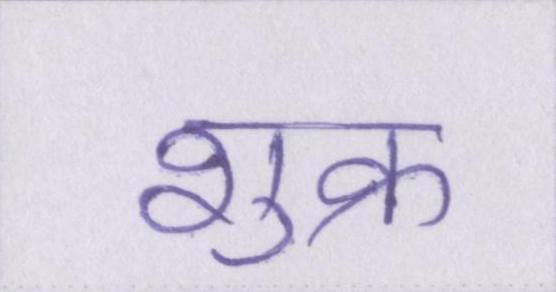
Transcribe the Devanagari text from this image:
शुक्र